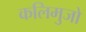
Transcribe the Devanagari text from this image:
कलिमुजो